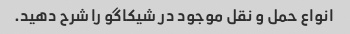
انواع حمل و نقل موجود در شیکاگو را شرح دهید.